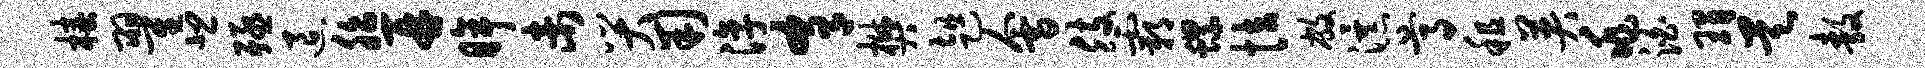
椿翟悲殛退胎再眸未哭用淳肴樊趄会肢霸螺怯敝瀑尊租英兆泊瑁昊敖